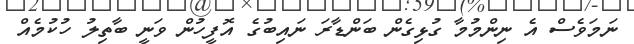
ނަމަވެސް އެ ނިންމުމާ ގުޅިގެން ބަންޑާރަ ނައިބުގެ އޮފީހުން ވަނީ ބާތިލު ހުކުމެއް